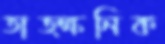
তাত্ক্ষনিক